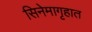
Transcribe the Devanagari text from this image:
सिनेमागृहात